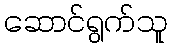
ဆောင်ရွက်သူ